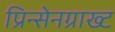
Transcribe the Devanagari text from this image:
प्रिन्सेनग्राख्ट